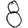
Digit: 8